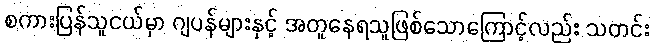
စကားပြန်သူငယ်မှာ ဂျပန်များနှင့် အတူနေရသူဖြစ်သောကြောင့်လည်း သတင်း